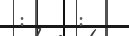
:     :